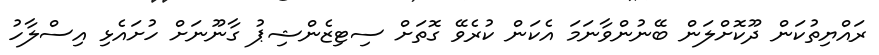
ރައްޔިތުކަން ދޫކޮށްލަން ބޭނުންވާނަމަ އެކަން ކުރެވޭ ގޮތަށް ސިޓިޒެންޝިޕު ގާނޫނަށް ހުށައެޅި އިސްލާހު